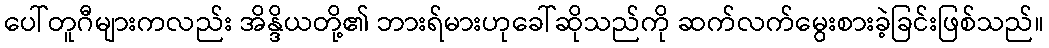
ပေါ်တူဂီများကလည်း အိန္ဒိယတို့၏ ဘားရ်မားဟုခေါ်ဆိုသည်ကို ဆက်လက်မွေးစားခဲ့ခြင်းဖြစ်သည်။